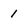
Character: 1